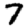
Digit: 7